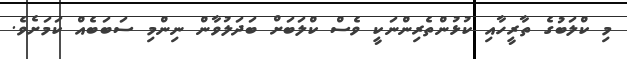
މި ކްލަބުގެ ތާރީހާއި ކުޅުންތެރިންނަކީ ވެސް ކްލަބަށް ބަދަލުވާން ނިންމި ސަބަބެއް ކަމަށެވެ.